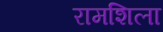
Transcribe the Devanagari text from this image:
रामशिला